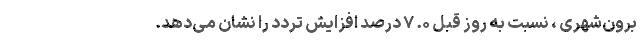
برون‌شهری ، نسبت به روز قبل ۰. ۷ درصد افزایش تردد را نشان می‌دهد.